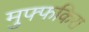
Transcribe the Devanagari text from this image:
मुफ्फकिरा